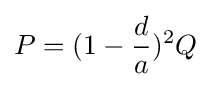
P=(1-{\dfrac {d}{a}})^{2}Q